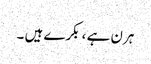
ہرن ہے ، بکرے ہیں ۔